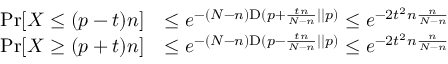
{ \begin{array} { r l } { \operatorname* { P r } [ X \leq ( p - t ) n ] } & { \leq e ^ { - ( N - n ) { \mathrm { D } } ( p + { \frac { t n } { N - n } } | | p ) } \leq e ^ { - 2 t ^ { 2 } n { \frac { n } { N - n } } } } \\ { \operatorname* { P r } [ X \geq ( p + t ) n ] } & { \leq e ^ { - ( N - n ) { \mathrm { D } } ( p - { \frac { t n } { N - n } } | | p ) } \leq e ^ { - 2 t ^ { 2 } n { \frac { n } { N - n } } } } \end{array} }